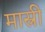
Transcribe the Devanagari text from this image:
मास्री